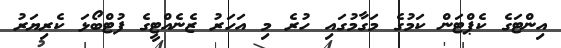
އިންޓަގެ ކެޕްޓަން ކަމުގެ މަގާމުގައި ހުރެ މި އަހަރު ޒެނެއްޓީގެ ފުޓްބޯޅަ ކެރިޔަރު